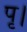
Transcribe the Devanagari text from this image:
पृ।